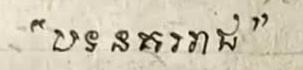
" បទនគររាជ "